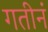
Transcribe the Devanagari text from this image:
गतीनं